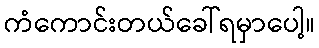
ကံကောင်းတယ်ခေါ်ရမှာပေါ့။